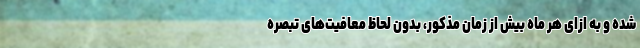
شده و به ازای هر ماه بیش از زمان مذکور، بدون لحاظ معافیت‌های تبصره